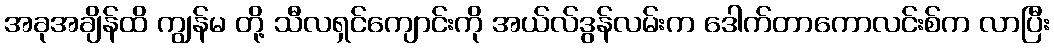
အခုအချိန်ထိ ကျွန်မ တို့ သီလရှင်ကျောင်းကို အယ်လ်ဒွန်လမ်းက ဒေါက်တာကောလင်းစ်က လာပြီး